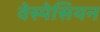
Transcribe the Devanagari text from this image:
वेस्पेसियन